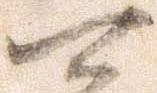
可